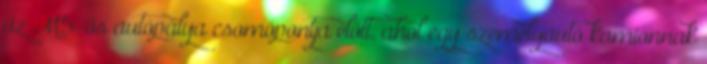
az M5-ös autópálya csomópontja előtt, ahol egy személyautó kamionnak